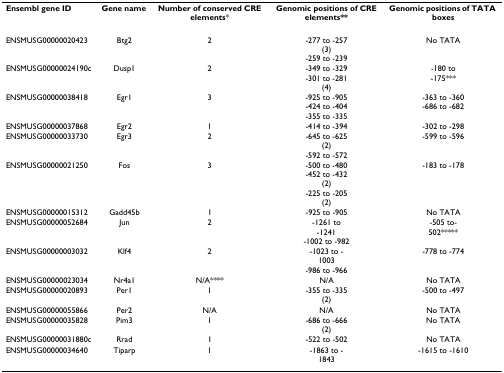
| Ensembl gene ID | Gene name | Number of conserved CRE elements* | Genomic positions of CRE elements** | Genomic positions of TATA boxes |
 | --- | --- | --- | --- | --- |
 | ENSMUSG00000020423 | Btg2 | 2 | -277 to -257(3)-259 to -239 | No TATA |
 | ENSMUSG00000024190c | Dusp1 | 2 | -349 to -329-301 to -281(4) | -180 to-175*** |
 | ENSMUSG00000038418 | Egr1 | 3 | -925 to -905-424 to -404-355 to -335 | -363 to -360-686 to -682 |
 | ENSMUSG00000037868 | Egr2 | 1 | -414 to -394 | -302 to -298 |
 | ENSMUSG00000033730 | Egr3 | 2 | -645 to -625(2)-592 to -572 | -599 to -596 |
 | ENSMUSG00000021250 | Fos | 3 | -500 to -480-452 to -432(2)-225 to -205(2) | -183 to -178 |
 | ENSMUSG00000015312 | Gadd45b | 1 | -925 to -905 | No TATA |
 | ENSMUSG00000052684 | Jun | 2 | -1261 to-1241-1002 to -982 | -505 to-502***** |
 | ENSMUSG00000003032 | Klf4 | 2 | -1023 to -1003-986 to -966 | -778 to -774 |
 | ENSMUSG00000023034 | Nr4a1 | N/A**** | N/A | No TATA |
 | ENSMUSG00000020893 | Per1 | 1 | -355 to -335(2) | -500 to -497 |
 | ENSMUSG00000055866 | Per2 | N/A | N/A | No TATA |
 | ENSMUSG00000035828 | Pim3 | 1 | -686 to -666(2) | No TATA |
 | ENSMUSG00000031880c | Rrad | 1 | -522 to -502 | No TATA |
 | ENSMUSG00000034640 | Tiparp | 1 | -1863 to -1843 | -1615 to -1610 |